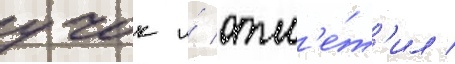
учок и́ отм'е́т'ил /